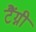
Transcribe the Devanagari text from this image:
टैंग्नी